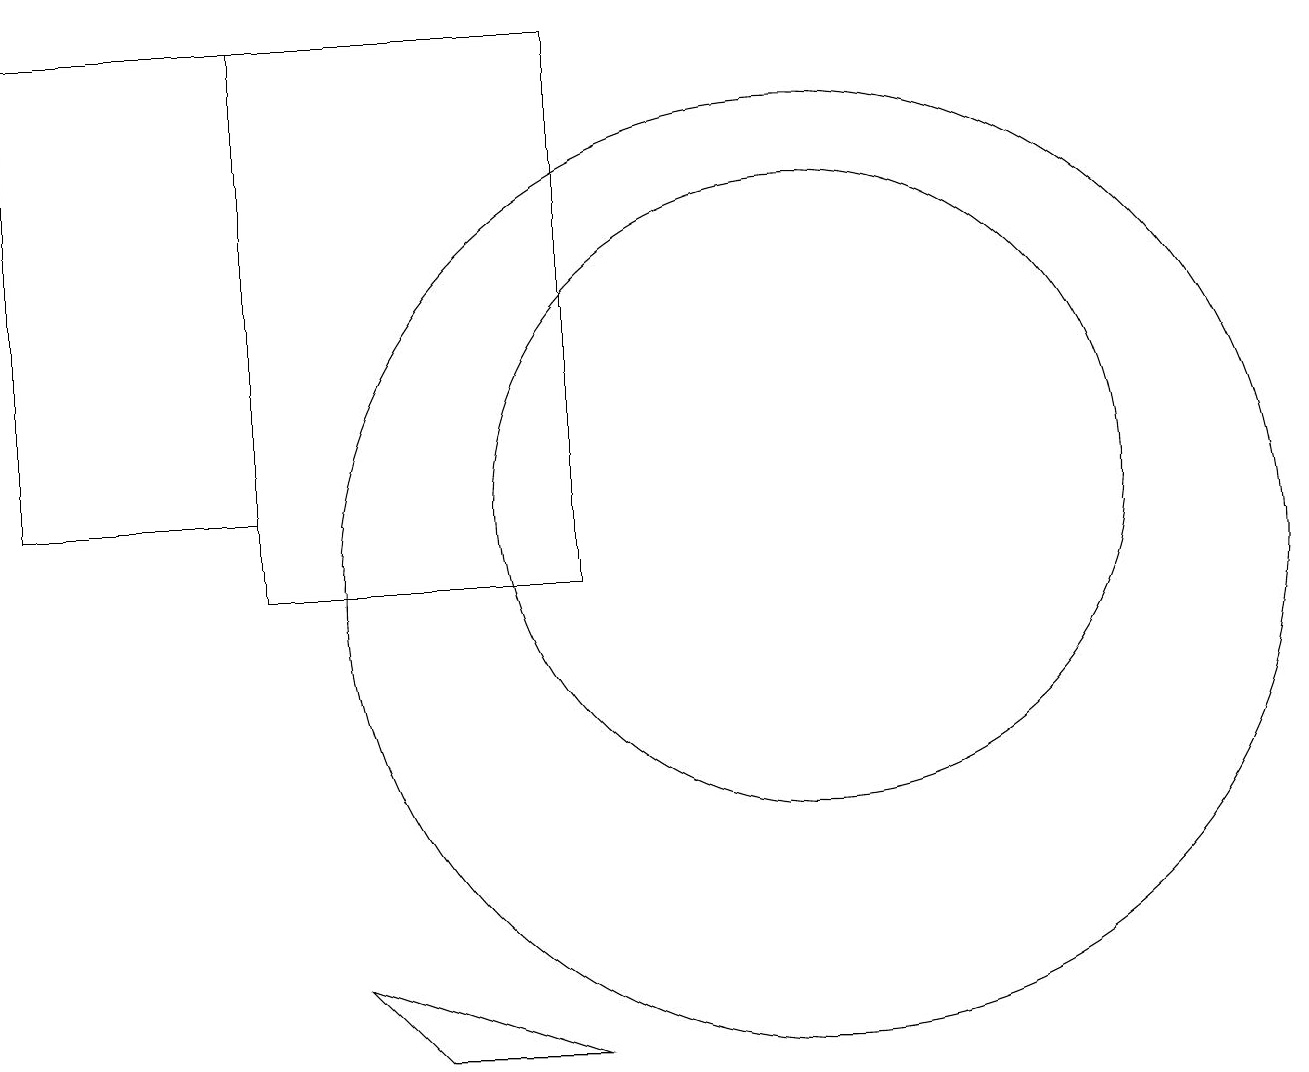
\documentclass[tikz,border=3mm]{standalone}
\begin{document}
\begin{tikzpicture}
\draw (10,10) circle (6);
\draw (7,4) -- (5,4) -- (4,5) -- cycle;
\draw (10,11) circle (4);
\draw (7,17) rectangle (3,10);
\draw (3,17) rectangle (0,11);
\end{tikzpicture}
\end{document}